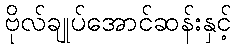
ဗိုလ်ချုပ်အောင်ဆန်းနှင့်